65_HS1-834228961_62-HQ-83894_Section_8
Agency: FBI
Page 131
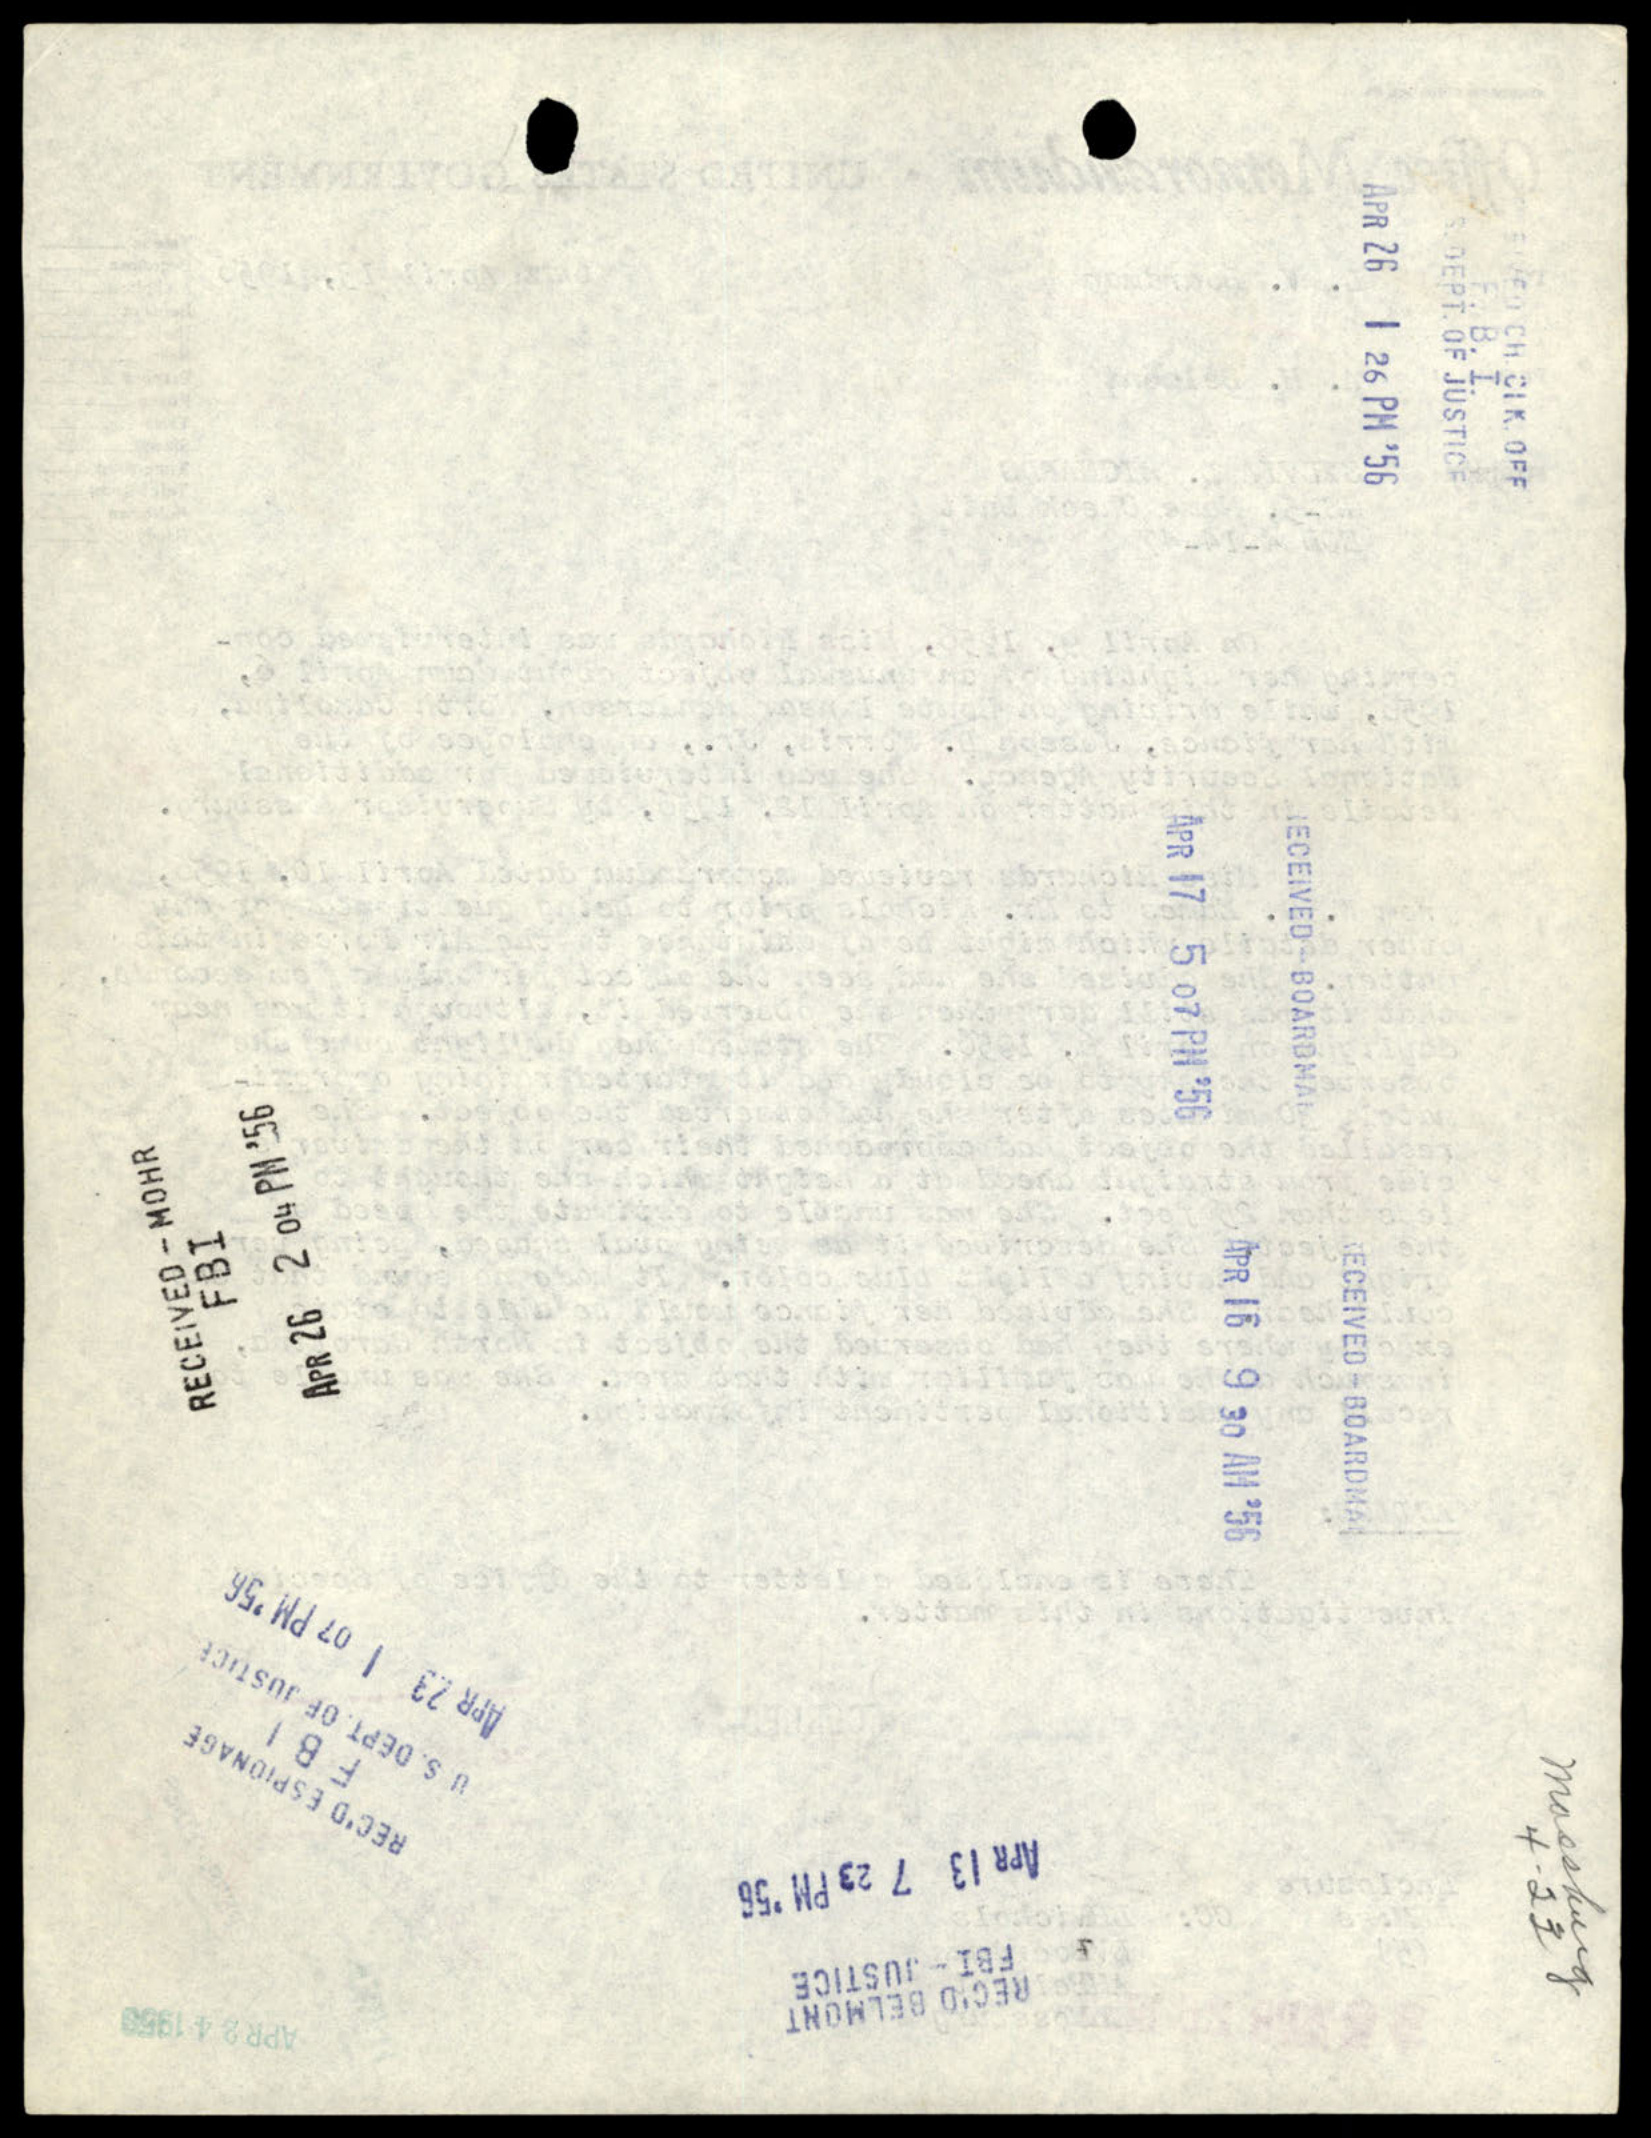